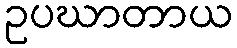
ဥပဃာတာယ